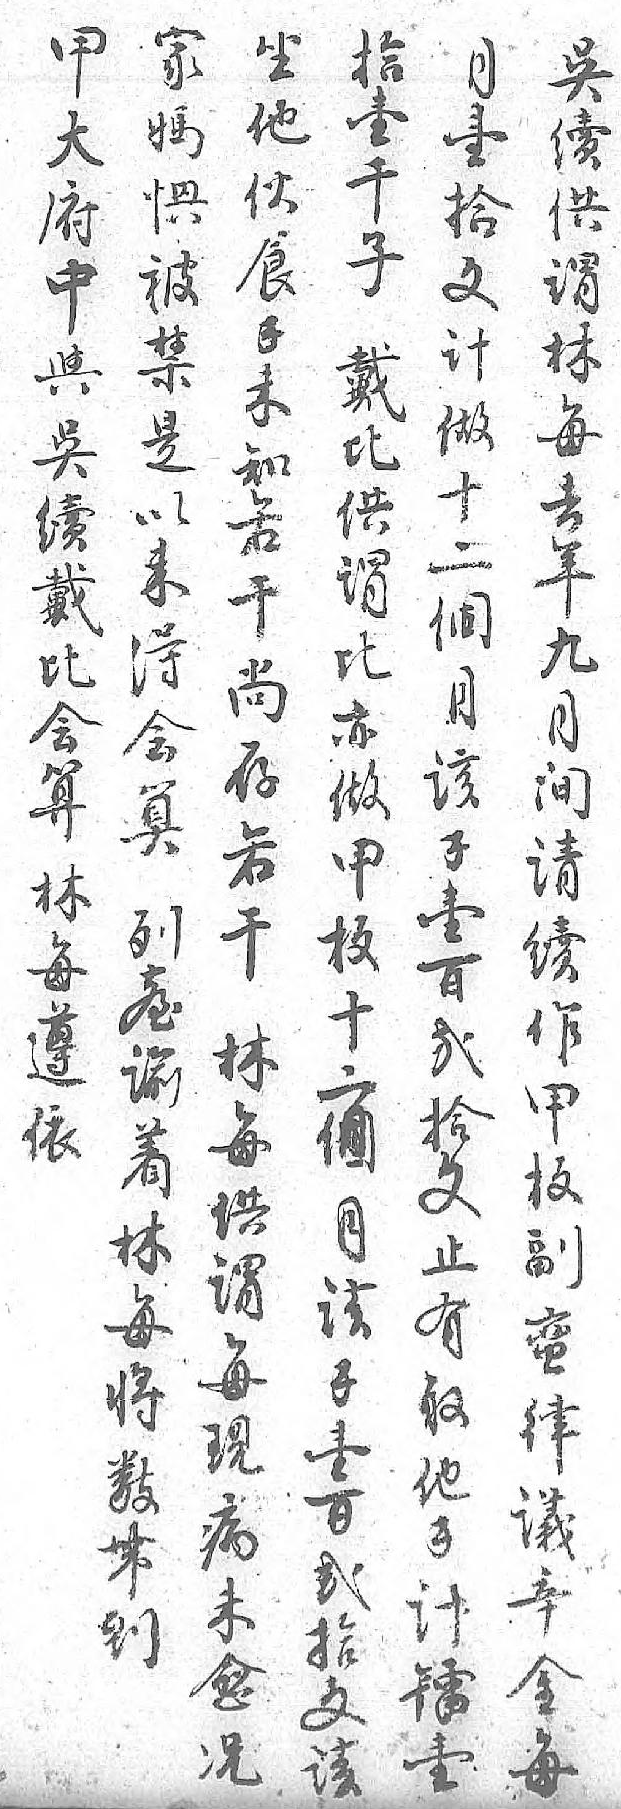
甲吳月坐家拾大續壹他媽壹府供拾伙惧千中謂文食被子與林计錢禁戴吳每做未是比續去十知以供戴年二若未谓比九個干得比会月月尚会亦算间该存算做林请錢若列甲每續壹干𦤼板遵作百林谕十依甲弍每着二 板拾供林個 副文谓每月 蛮止每将该 律有現數錢 議取病带壹 辛他未到百 金錢愈 弍 每计况 拾  鐳  文  壹  该